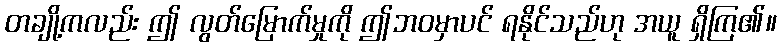
တချို့ကလည်း ဤ လွတ်မြောက်မှုကို ဤဘဝမှာပင် ရနိုင်သည်ဟု အယူ ရှိကြ၏။